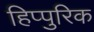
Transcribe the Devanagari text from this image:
हिप्पुरिक